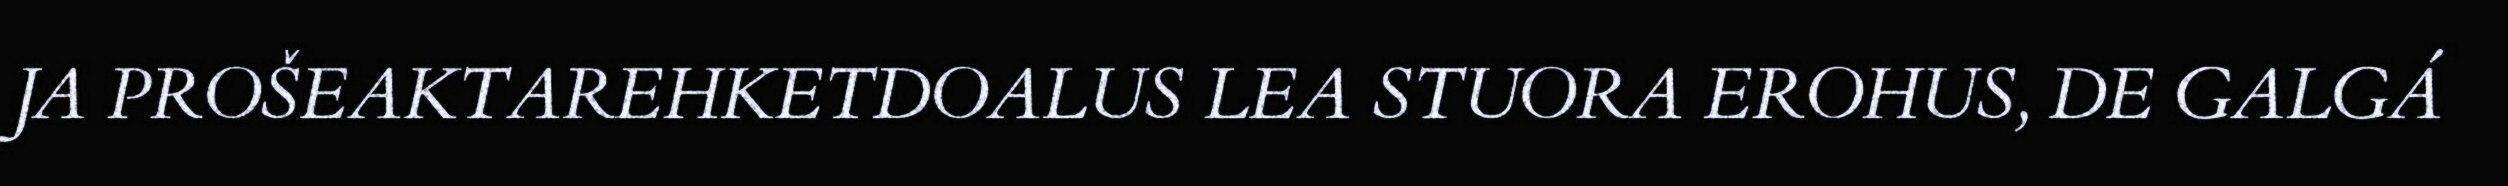
JA PROŠEAKTAREHKETDOALUS LEA STUORA EROHUS, DE GALGÁ